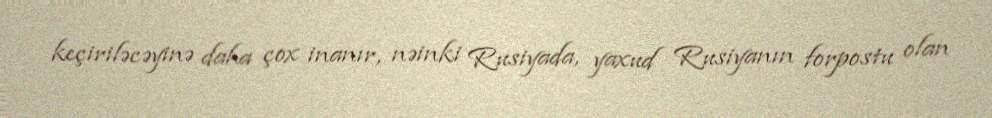
keçiriləcəyinə daha çox inanır, nəinki Rusiyada, yaxud Rusiyanın forpostu olan